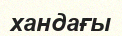
хандағы